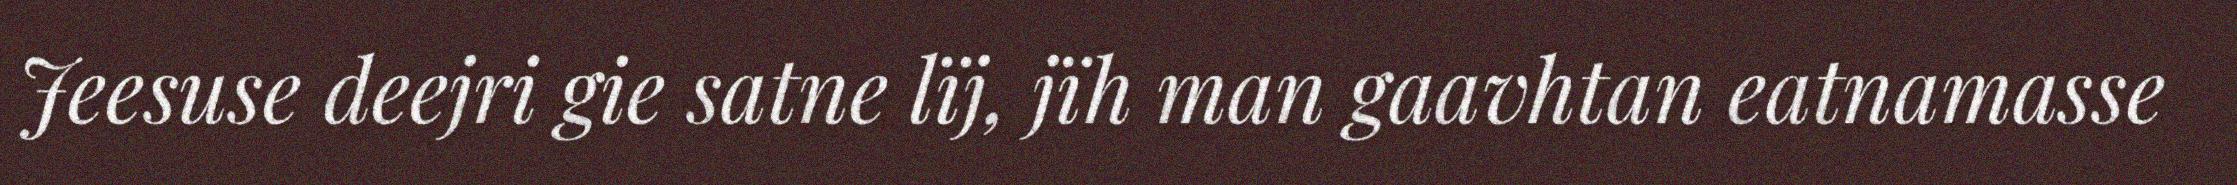
Jeesuse deejri gie satne lïj, jïh man gaavhtan eatnamasse